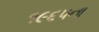
૧૯૬૫ના